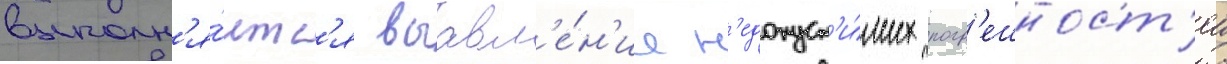
выполн'я́етс'я выавл'е́н'ие н'едопуст'и́мых погр'ешност'еи